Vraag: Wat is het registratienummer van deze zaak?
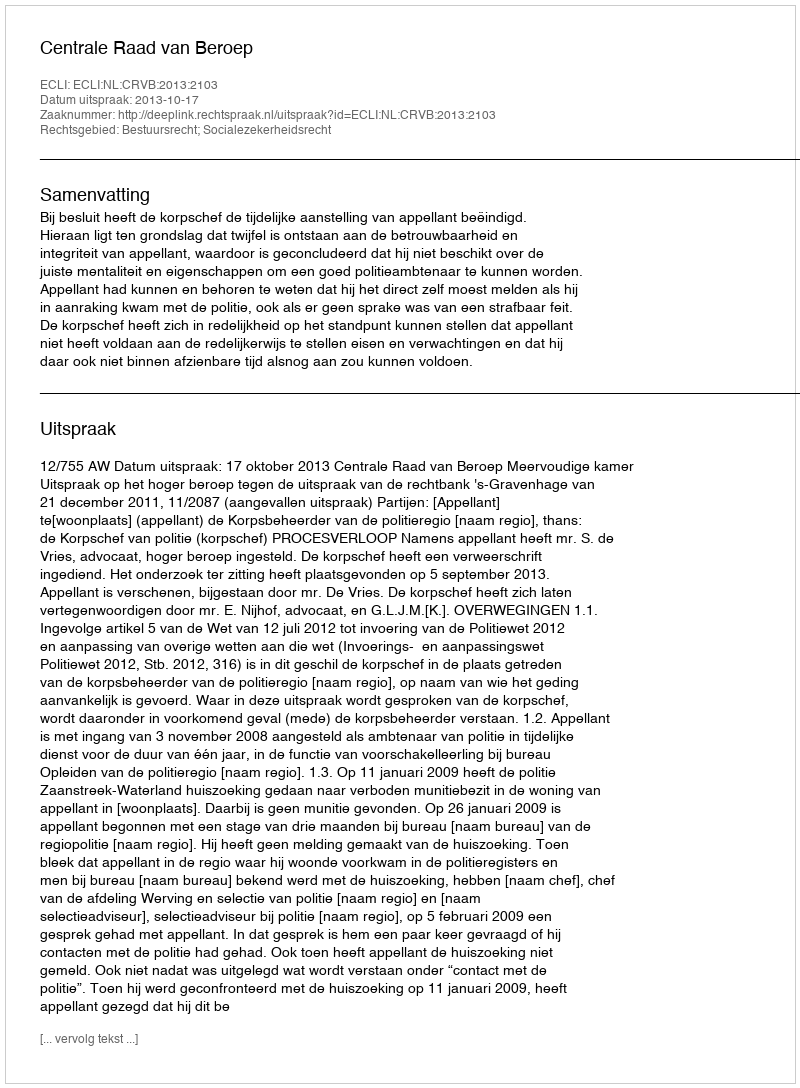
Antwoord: http://deeplink.rechtspraak.nl/uitspraak?id=ECLI:NL:CRVB:2013:2103